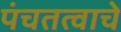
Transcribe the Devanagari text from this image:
पंचतत्वाचे